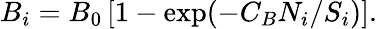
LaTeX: B_{i}=B_{0}\left[1-\exp(-C_{B}N_{i}/S_{i})\right].